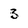
Character: 3